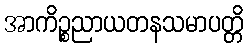
အာကိဉ္စညာယတနသမာပတ္တိ